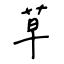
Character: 草